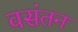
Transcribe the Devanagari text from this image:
वसंतन